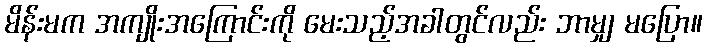
မိန်းမက အကျိုးအကြောင်းကို မေးသည့်အခါတွင်လည်း ဘာမျှ မပြော။